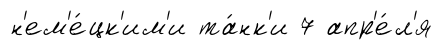
н'ем'е́цк'им'и та́нк'и 7 апр'е́л'я